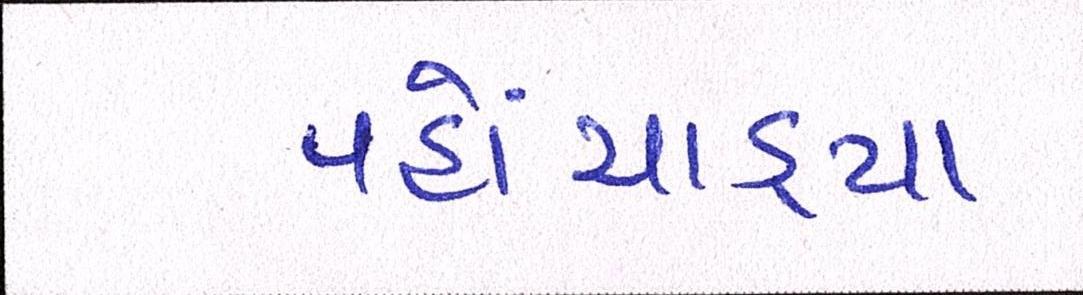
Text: પહોંચાડ્યા